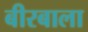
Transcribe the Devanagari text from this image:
बीरबाला